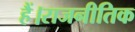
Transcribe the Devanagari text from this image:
हैं।राजनीतिक